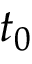
t _ { 0 }